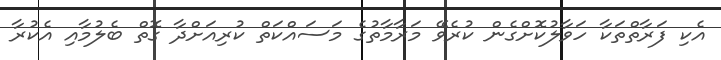
އެކި ފަރާތްތަކާ ހަވާލުކޮށްގެން ކުރެވޭ މަރާމާތުގެ މަސައްކަތް ކުރިއަށްދާ ގޮތް ބެލުމާއި އެކުރާ